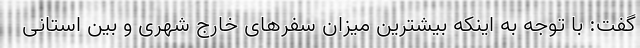
گفت: با توجه به اینکه بیشترین میزان سفرهای خارج شهری و بین استانی